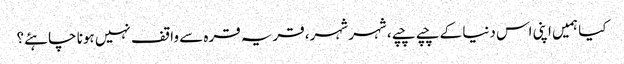
کیا ہمیں اپنی اس دنیا کے چپے چپے، شہر شہر، قریہ قرہ سے واقف نہیں ہونا چاہئے؟